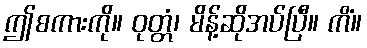
ဤစကားကို။ ဝုတ္တံ၊ မိန့်ဆိုအပ်ပြီ။ ကိံ။